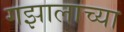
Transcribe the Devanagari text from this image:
गझालाच्या